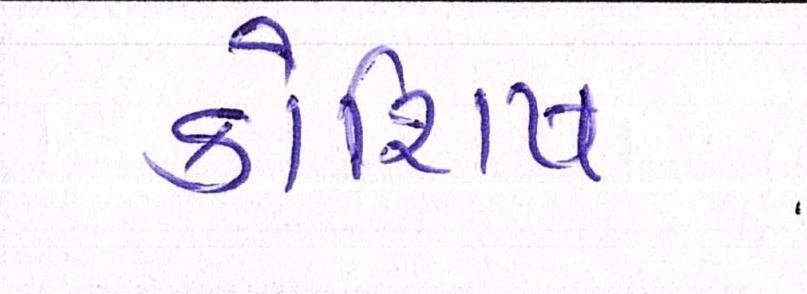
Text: કોશિષ